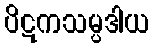
ပိဋကသမ္ပဒါယ